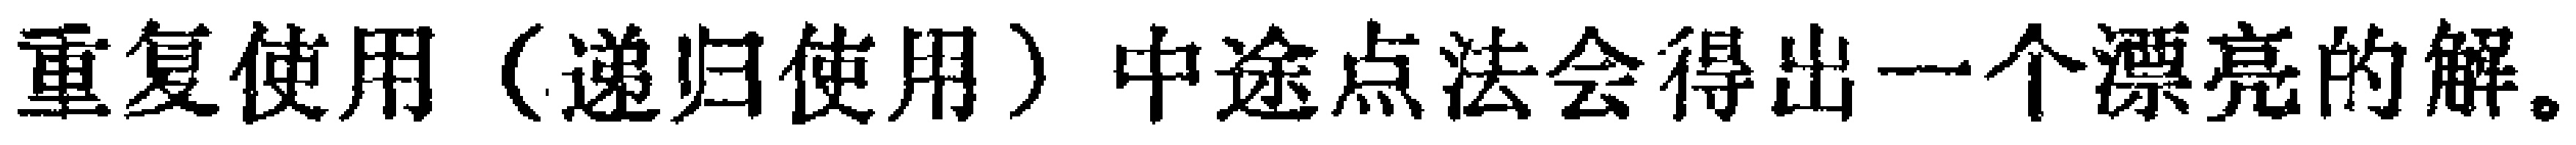
重复使用（递归使用）中途点法会得出一个漂亮的解。